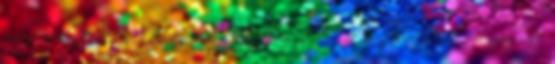
fideszeseknel sincs kizarva, hogy esetleg szeretik a gyerekuket. Zsuzsi65: